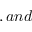
, a n d